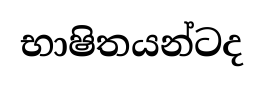
භාෂිතයන්ටද